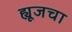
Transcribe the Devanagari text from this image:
ह्यूजचा